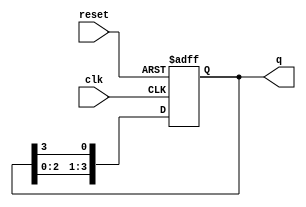
module ring_counter (
    input wire clk,        // Clock signal
    input wire reset,      // Asynchronous reset signal
    output reg [N-1:0] q   // Output state of the counter
);
    parameter N = 4;       // Number of flip-flops (bits in the counter)

    always @(posedge clk or posedge reset) begin
        if (reset) begin
            // Initialize the counter to the first state (1000 for N=4)
            q <= 1'b1 << (N-1); // Set the highest bit to 1, others to 0
        end else begin
            // Shift the '1' to the right
            q <= {q[N-2:0], q[N-1]}; // Shift left and wrap around
        end
    end
endmodule